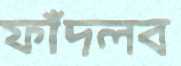
ফাঁদলব